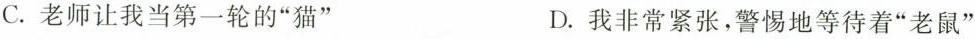
C.老师让我当第一轮的”猫” D.我非常紧张，警惕地等待着”老鼠”